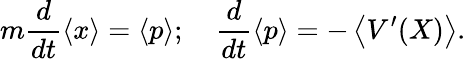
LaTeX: m{\frac{d}{dt}}\langle x\rangle=\langle p\rangle;\quad{\frac{d}{dt}}\langle p\rangle=-\left\langle V^{\prime}(X)\right\rangle.